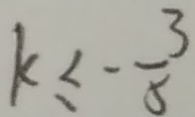
k \leq - \frac { 3 } { 5 }